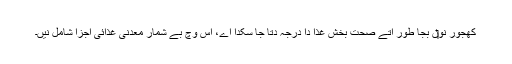
کھجور نو‏‏ں بجا طور اُتے صحت بخش غذا دا درجہ دتا جا سکدا اے، اس وچ بے شمار معدنی غذائی اجزا شامل نيں۔